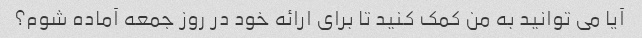
آیا می توانید به من کمک کنید تا برای ارائه خود در روز جمعه آماده شوم؟